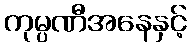
ကုမ္ပဏီအနေနှင့်